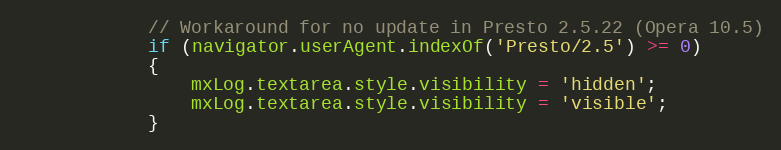
Language: JavaScript
			// Workaround for no update in Presto 2.5.22 (Opera 10.5)
			if (navigator.userAgent.indexOf('Presto/2.5') >= 0)
			{
				mxLog.textarea.style.visibility = 'hidden';
				mxLog.textarea.style.visibility = 'visible';
			}